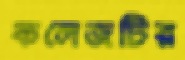
কলেজটির